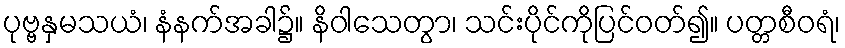
ပုဗ္ဗနှမသယံ၊ နံနက်အခါ၌။ နိဝါသေတွာ၊ သင်းပိုင်ကိုပြင်ဝတ်၍။ ပတ္တစီဝရံ၊